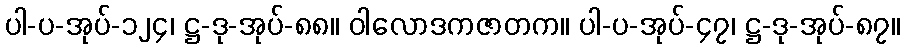
ပါ-ပ-အုပ်-၁၂၄၊ ဋ္ဌ-ဒု-အုပ်-၈၈။ ဝါလောဒကဇာတက။ ပါ-ပ-အုပ်-၄၇၊ ဋ္ဌ-ဒု-အုပ်-၈၇။